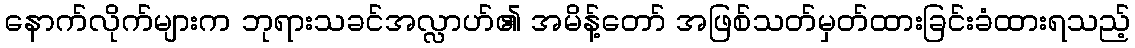
နောက်လိုက်များက ဘုရားသခင်အလ္လာဟ်၏ အမိန့်တော် အဖြစ်သတ်မှတ်ထားခြင်းခံထားရသည့်